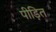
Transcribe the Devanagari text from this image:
पीड़ित